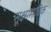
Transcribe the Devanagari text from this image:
सूक्ष्ममात्रिक